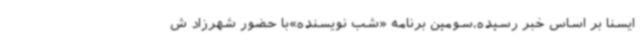
ایسنا بر اساس خبر رسیده،سومین برنامه «شب نویسنده»با حضور شهرزاد ش